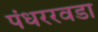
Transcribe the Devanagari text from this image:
पंधररवडा